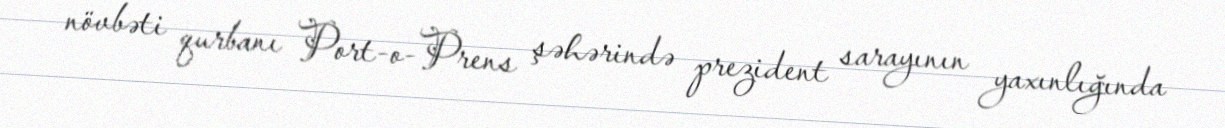
növbəti qurbanı Port-o-Prens şəhərində prezident sarayının yaxınlığında